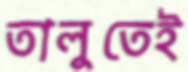
তালুতেই